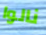
نالوا